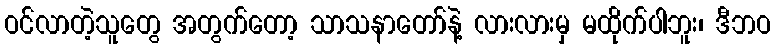
ဝင်လာတဲ့သူတွေ အတွက်တော့ သာသနာတော်နဲ့ လားလားမှ မထိုက်ပါဘူး၊ ဒီဘဝ